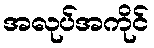
အလုပ်အကိုင်